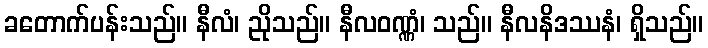
ခတောက်ပန်းသည်။ နီလံ၊ ညိုသည်။ နီလဝဏ္ဏံ၊ သည်။ နီလနိဒဿနံ၊ ရှိသည်။